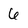
Character: 6